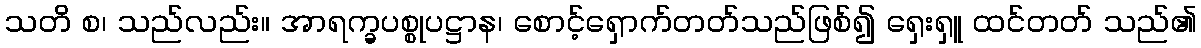
သတိ စ၊ သည်လည်း။ အာရက္ခပစ္စုပဋ္ဌာန၊ စောင့်ရှောက်တတ်သည်ဖြစ်၍ ရှေးရှူ ထင်တတ် သည်၏